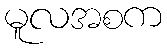
မူလအစက